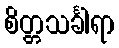
စိတ္တသင်္ခါရာ